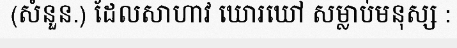
(សំនួន.) ដែលសាហាវ ឃោរឃៅ សម្លាប់មនុស្ស :